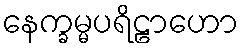
နေက္ခမ္မပရိဠာဟော